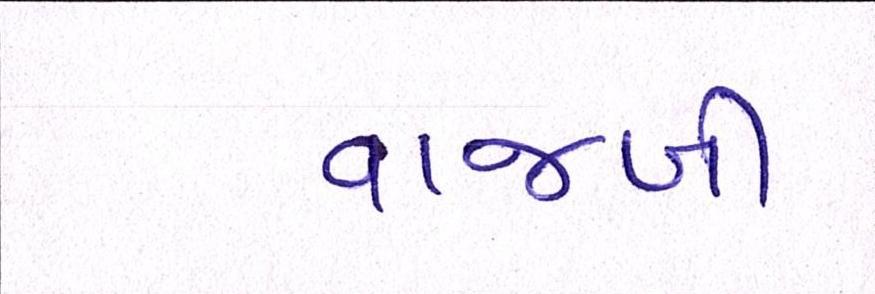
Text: વાજબી